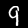
Label: 9